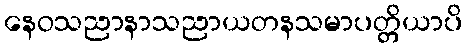
နေဝသညာနာသညာယတနသမာပတ္တိယာပိ